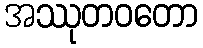
အဿုတဝတော